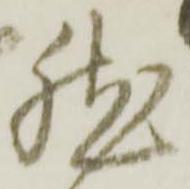
然